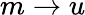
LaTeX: m\to u